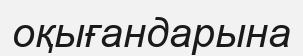
оқығандарына